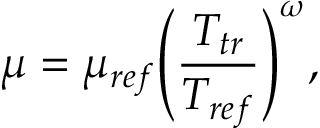
\mu = { \mu _ { r e f } } { \left( { \frac { { { T _ { t r } } } } { { { T _ { r e f } } } } } \right) ^ { \omega } } ,